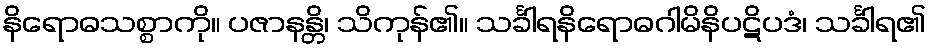
နိရောဓသစ္စာကို။ ပဇာနန္တိ၊ သိကုန်၏။ သင်္ခါရနိရောဓဂါမိနိပဋိပဒံ၊ သင်္ခါရ၏